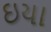
ઇયા